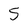
Character: 5